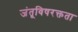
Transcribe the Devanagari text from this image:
जंतूविषरक्तता